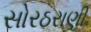
સોરઠરાણી